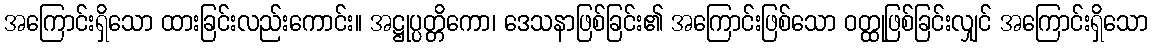
အကြောင်းရှိသော ထားခြင်းလည်းကောင်း။ အဋ္ဌုပ္ပတ္တိကော၊ ဒေသနာဖြစ်ခြင်း၏ အကြောင်းဖြစ်သော ဝတ္ထုဖြစ်ခြင်းလျှင် အကြောင်းရှိသော